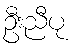
ဦးညီပု